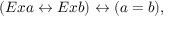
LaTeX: ( E x a \leftrightarrow E x b ) \leftrightarrow ( a = b ) ,